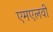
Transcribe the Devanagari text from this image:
एमएलवी